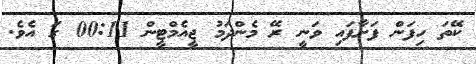
ކޭތަ ހިފަން ފަށާފައި ވަނީ ރޭ މެންދަމު ޖީއެމްޓީން 00:11 ގަ އެވެ.